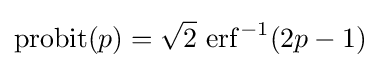
\operatorname {probit} (p)={\sqrt {2}}\,\operatorname {erf} ^{-1}(2p-1)